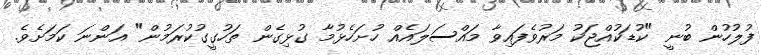
ފުލުހުން ބުނީ "ކުޑަކުއްޖަކު މަރުވެފައިވާ މައްސަލައެއް ހުށަހެޅުމާ ގުޅިގެން ތަހުގީގުކުރަމުން" އަންނަ ކަމަށެވެ.